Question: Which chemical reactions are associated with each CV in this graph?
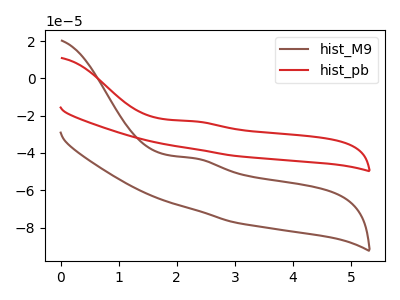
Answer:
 <answer>The brown curve is labeled "hist_M9". The red curve is labeled "hist_pb".</answer>
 <eval></eval>